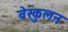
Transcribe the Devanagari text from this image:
वेस्कुलन